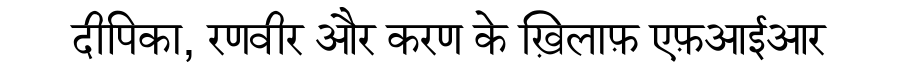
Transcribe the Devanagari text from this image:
दीपिका, रणवीर और करण के ख़िलाफ़ एफ़आईआर